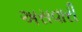
અસવારી